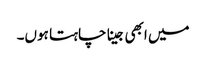
میں ابھی جینا چاہتا ہوں۔